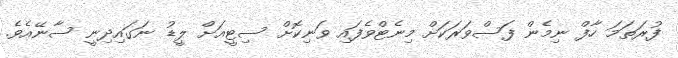
ފުރަތަމަ ހާފް ނިމެން ފަސްވަރަކަށް މިނެޓްވެފައި ވަނިކޮށް ސިޓީއަށް ލީޑު ނަގައިދިނީ ސާނޭއެވެ.